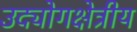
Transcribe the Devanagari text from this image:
उद्योगक्षेत्रीय